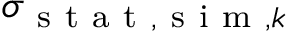
\sigma _ { \mathrm { ~ s ~ t ~ a ~ t ~ } , \mathrm { ~ s ~ i ~ m ~ } , k }